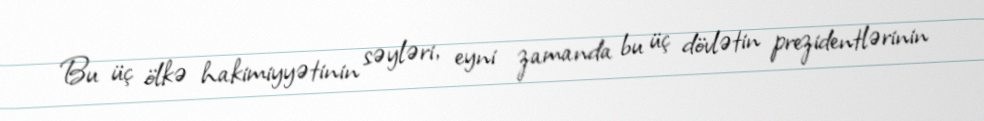
Bu üç ölkə hakimiyyətinin səyləri, eyni zamanda bu üç dövlətin prezidentlərinin